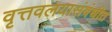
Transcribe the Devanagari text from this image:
वृत्तवलयासंबंधीत